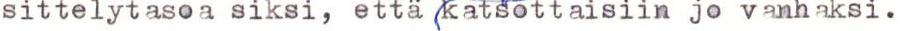
sittelytasoa siksi, että katsottaisiin jo vanhaksi.